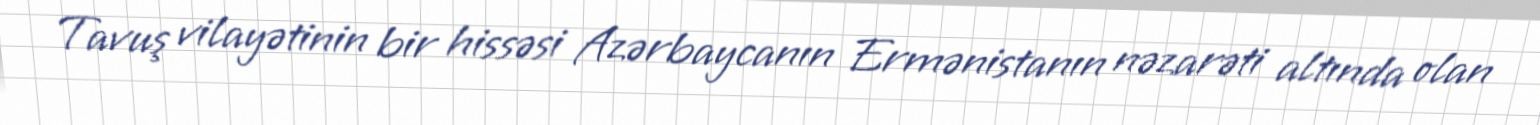
Tavuş vilayətinin bir hissəsi Azərbaycanın Ermənistanın nəzarəti altında olan